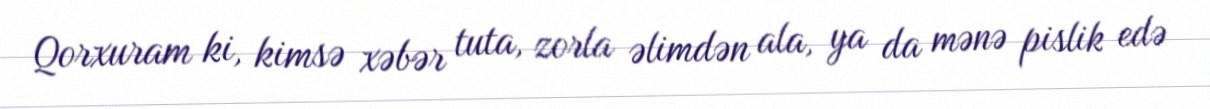
Qorxuram ki, kimsə xəbər tuta, zorla əlimdən ala, ya da mənə pislik edə